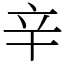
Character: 辛